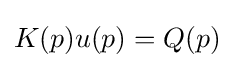
K(p)u(p)=Q(p)